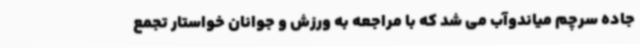
جاده سرچم میاندوآب می شد که با مراجعه به ورزش و جوانان خواستار تجمع